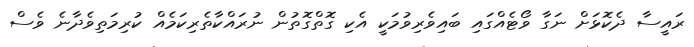
ރައީސާ ދެކޮޅަށް ނަގާ ވޯޓެއްގައި ބައިވެރިވުމަކީ އެކި ގޮތްގޮތުން ނުރައްކާތެރިކަމެއް ކުރިމަތިވެދާނެ ވެސް